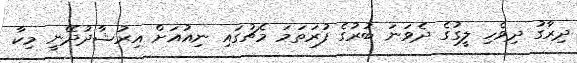
ދިރާގު ދިވެހި ލީގުގެ ދެވަނަ ބުރުގެ ފުރަތަމަ މެޗުގައި ނިއުއަށް އިރުޝާދުދޭނީ މިކާ